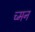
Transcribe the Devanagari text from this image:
च्मन